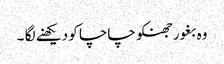
وہ بغور جھنکو چاچا کو دیکھنے لگا ۔